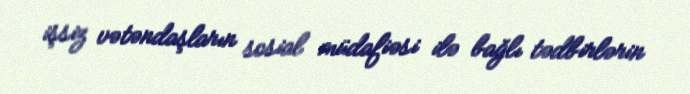
işsiz vətəndaşların sosial müdafiəsi ilə bağlı tədbirlərin